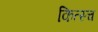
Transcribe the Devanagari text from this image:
कित्स्च